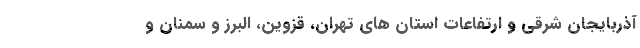
آذربایجان شرقی و ارتفاعات استان های تهران، قزوین، البرز و سمنان و